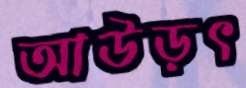
আউড়ৎ